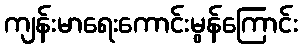
ကျန်းမာရေးကောင်းမွန်ကြောင်း